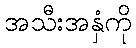
အသီးအနှံကို